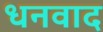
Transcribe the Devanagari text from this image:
धनवाद